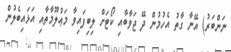
ނަންބަރު) އޭނާ ގާތު އެހުމުން ދޭ ޖަވާބާއި ކޯޓަށް ލިބިފައިވާ މަޢުލޫމާތާއި އަޅައިބެލުން